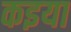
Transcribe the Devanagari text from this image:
कइया